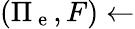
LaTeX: (\Pi_{\mathrm{~e~}},F)\gets